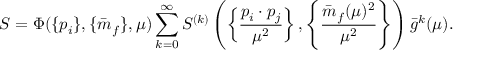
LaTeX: S = \Phi ( \{ p _ { i } \} , \{ \bar { m } _ { f } \} , \mu ) \sum _ { k = 0 } ^ { \infty } S ^ { ( k ) } \left( \left\{ \frac { p _ { i } \cdot p _ { j } } { \mu ^ { 2 } } \right\} , \left\{ \frac { \bar { m } _ { f } ( \mu ) ^ { 2 } } { \mu ^ { 2 } } \right\} \right) \bar { g } ^ { k } ( \mu ) .